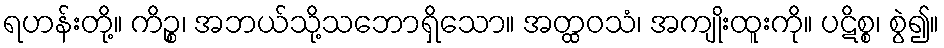
ရဟန်းတို့။ ကိဉ္စ၊ အဘယ်သို့သဘောရှိသော။ အတ္ထဝသံ၊ အကျိုးထူးကို။ ပဋိစ္စ၊ စွဲ၍။